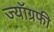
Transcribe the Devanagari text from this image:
ज्यॉग्रफी